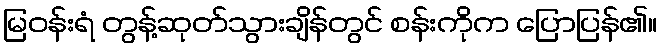
မြဝန်းရံ တွန့်ဆုတ်သွားချိန်တွင် စန်းကိုက ပြောပြန်၏။